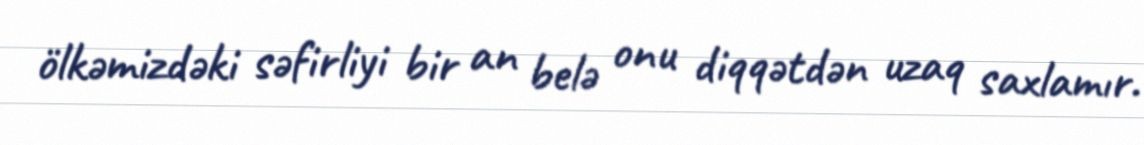
ölkəmizdəki səfirliyi bir an belə onu diqqətdən uzaq saxlamır.